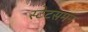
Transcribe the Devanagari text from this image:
स्टेटसमन